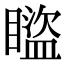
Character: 𥋕